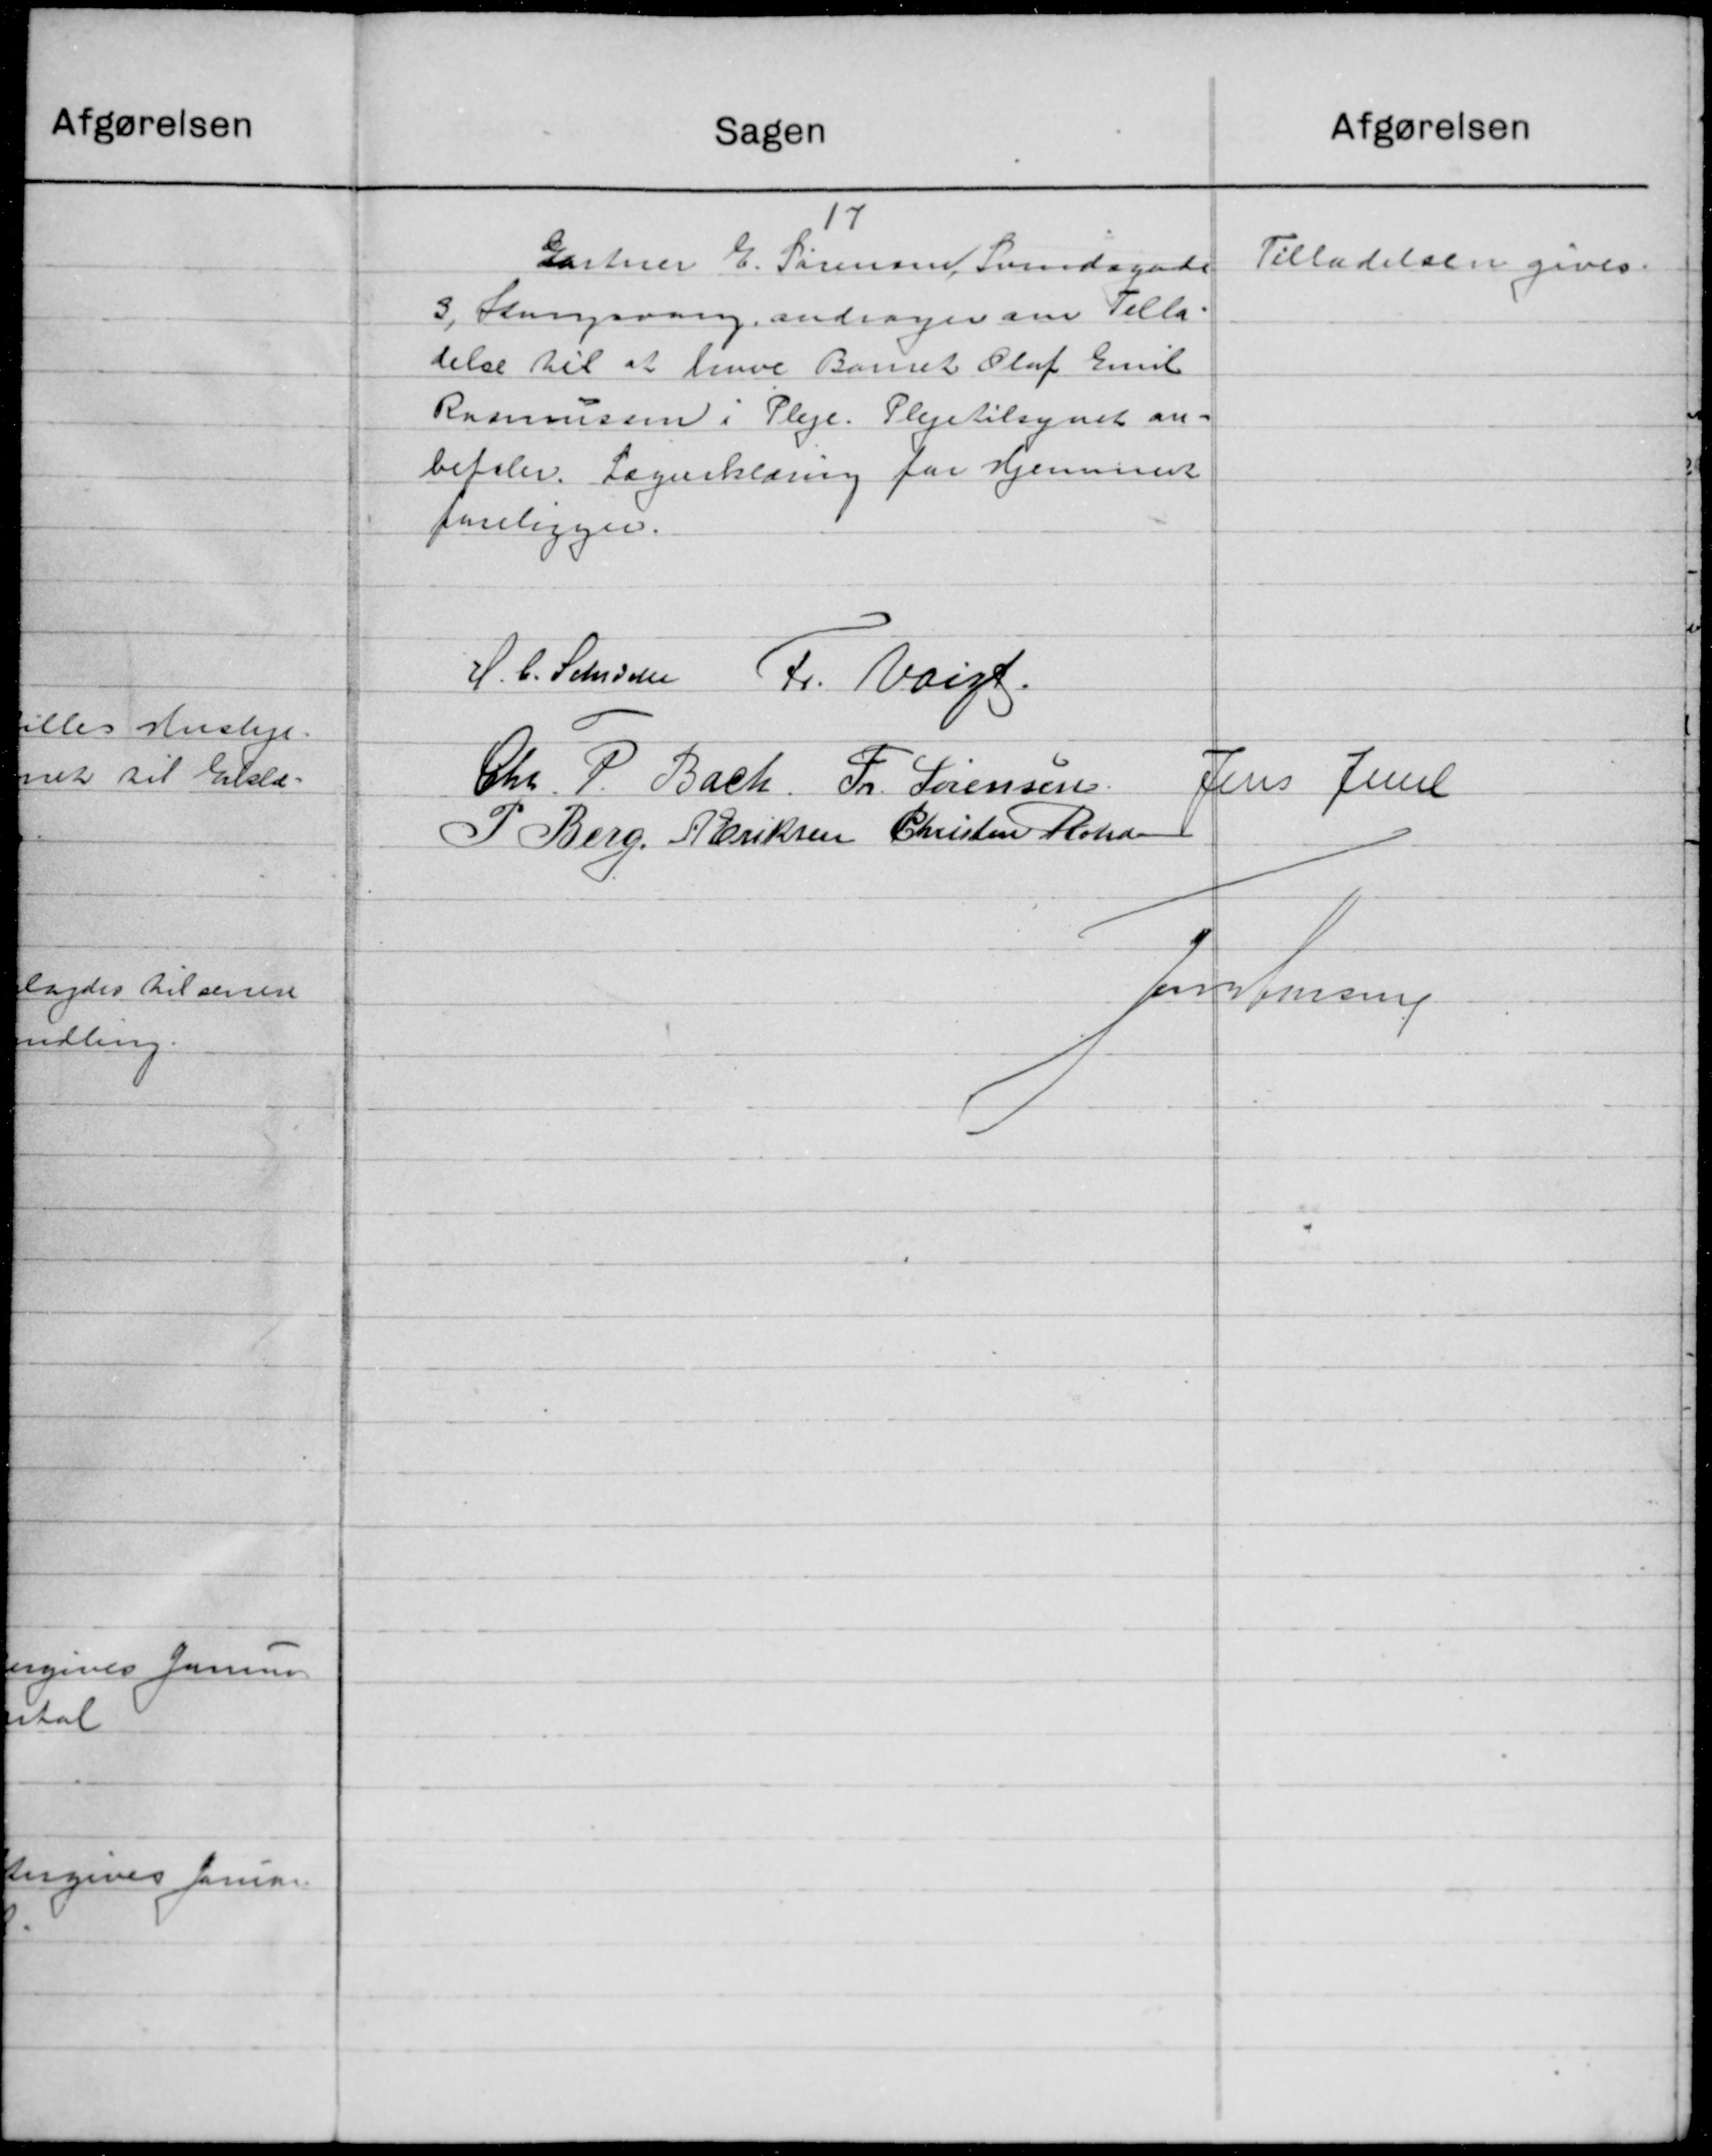
Transskription:
afgørelsen
Sagen
17
Gartner E. Sørensen Svendagende
Tilladelsen gives.
3, Slangsvang andrager om Tilla-
delse til at have Barnet Oluf Emil
Rasmussen i Pleje. Plejetilsynet an-
befaler. Lægeerklæring for Hjemmer
foreligger.
H. C. Stensen Fr. Voigt.
Chr. P. Bach. Fr. Sørensen
Jens Juul
P. Berg, Eriksen Christen Rohd
Johs Jensen